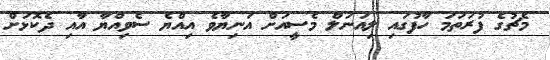
މެޗުގެ ފުރަތަމަ ހާފުގައި ލިއަނަލް މެސީއަށް އަނިޔާވެ އިއްޔެ ސެވިއްޔާ އާއި ދެކޮޅަށް